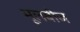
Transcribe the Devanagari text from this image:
मूलबीज